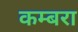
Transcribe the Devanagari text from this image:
कम्बरा